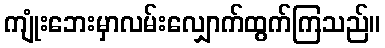
ကျုံးဘေးမှာလမ်းလျှောက်ထွက်ကြသည်။